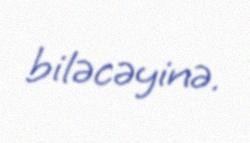
biləcəyinə.